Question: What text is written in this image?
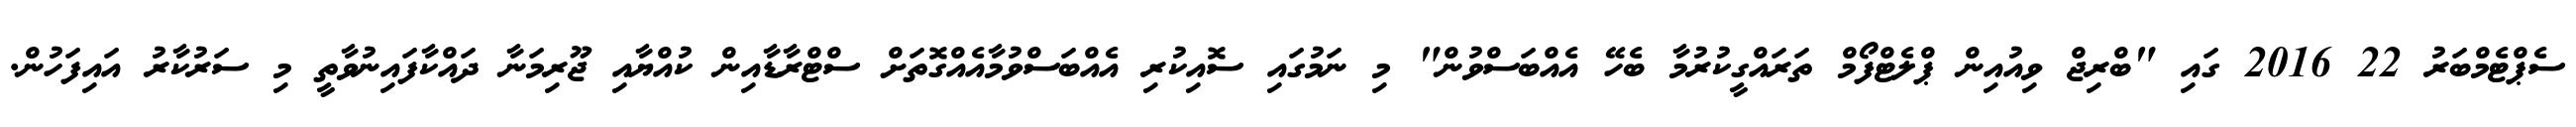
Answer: ސެޕްޓެމްބަރު 22 2016 ގައި "ބްރިޖް ވިއުއިން ޕްލެޓްފޯމް ތަރައްގީކުރުމާ ބެހޭ އެއްބަސްވުން" މި ނަމުގައި ސޮއިކުރި އެއްބަސްވުމާއެއްގޮތަށް ސްޓްރާޑާއިން ކުއްޔާއި ޖޫރިމަނާ ދައްކާފައިނުވާތީ މި ސަރުކާރު އައިފަހުން.